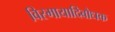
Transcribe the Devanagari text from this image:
विस्मायादिबोधक